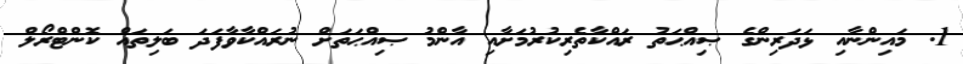
1. މައިންނާއި ޅަދަރިންގެ ޞިއްޙަތު ރައްކާތެރިކުރުމަށާއި އާންމު ޞިއްޙަތަށް ނުރައްކާވާފަދަ ބަލިތައް ކޮންޓްރޯލް